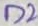
Text: D2